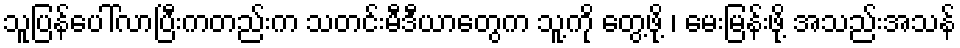
သူပြန်ပေါ်လာပြီးကတည်းက သတင်းမီဒီယာတွေက သူ့ကို တွေ့ဖို့ ၊ မေးမြန်းဖို့ အသည်းအသန်